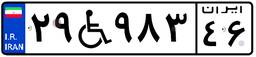
۲۹W۹۸۳۴۶